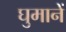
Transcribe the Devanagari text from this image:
घुमानें